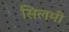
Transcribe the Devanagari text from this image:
सिलमी